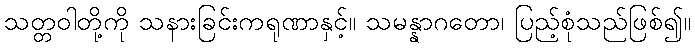
သတ္တဝါတို့ကို သနားခြင်းကရုဏာနှင့်။ သမန္နာဂတော၊ ပြည့်စုံသည်ဖြစ်၍။